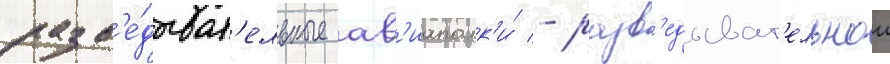
разв'е́дыват'ельные ав'иаполк'и́ - разв'едыват'ельнои